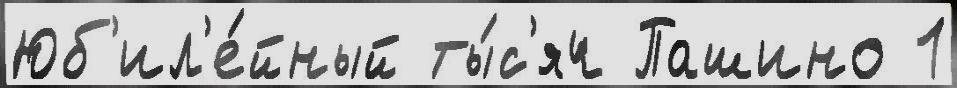
Юб'ил'е́йный ты́с'яч Пашино 1